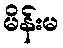
မိန်းမ